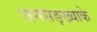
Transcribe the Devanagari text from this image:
जनसङ्ख्याके